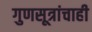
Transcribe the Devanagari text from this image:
गुणसूत्रांचाही